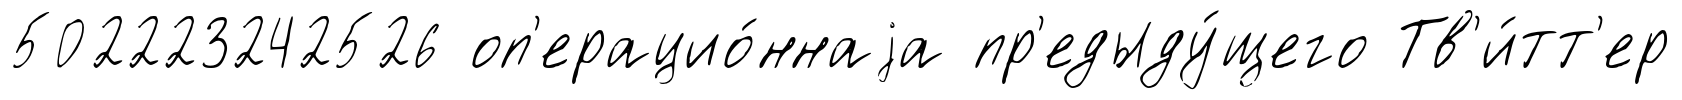
502223242526 оп'ерацио́ннаjа пр'едыду́щего Тв'и́тт'ер